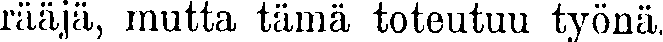
rääjä, mutta tämä toteutuu työnä.